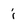
Character: i